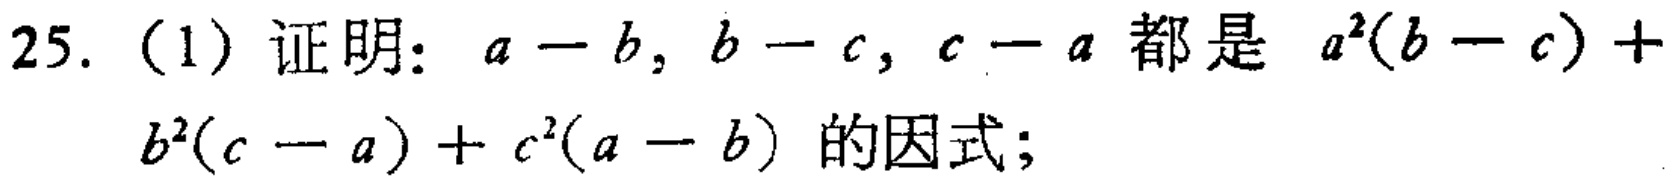
25. (1) 证明：\(a - b\), \(b - c\), \(c - a\) 都是 \(a^{2}(b - c)+b^{2}(c - a)+c^{2}(a - b)\) 的因式；